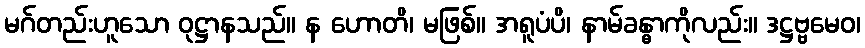
မဂ်တည်းဟူသော ဝုဋ္ဌာနသည်။ န ဟောတိ၊ မဖြစ်။ အရူပံပိ၊ နာမ်ခန္ဓာကိုလည်း။ ဒဋ္ဌဗ္ဗမေဝ၊